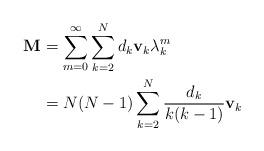
LaTeX: \begin{align*}\mathbf{M}&=\sum_{m=0}^{\infty}\sum_{k=2}^{N} d_k\mathbf{v}_k\lambda_k^m\\&=N(N-1)\sum_{k=2}^{N} \frac{d_k}{k(k-1)}\mathbf{v}_k\end{align*}